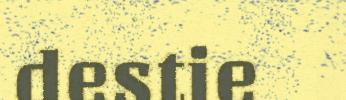
destie